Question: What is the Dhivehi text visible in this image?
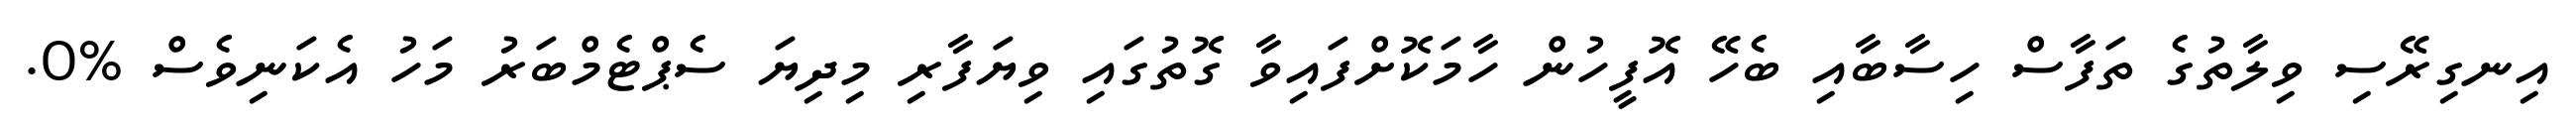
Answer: އިނގިރޭސި ވިލާތުގެ ތަފާސް ހިސާބާއި ބެހޭ އޮފީހުން ހާމަކޮށްފައިވާ ގޮތުގައި ވިޔަފާރި މިދިޔަ ސެޕްޓެމްބަރު މަހު އެކަނިވެސް %0.